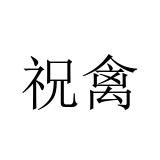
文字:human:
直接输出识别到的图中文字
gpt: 祝禽